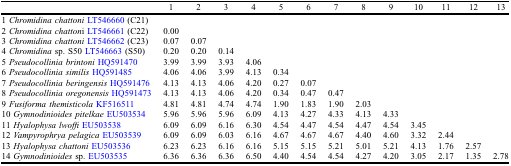
<table><thead><tr><td>[EMPTY_CELL]</td><td><b>1</b></td><td><b>2</b></td><td><b>3</b></td><td><b>4</b></td><td><b>5</b></td><td><b>6</b></td><td><b>7</b></td><td><b>8</b></td><td><b>9</b></td><td><b>10</b></td><td><b>11</b></td><td><b>12</b></td><td><b>13</b></td></tr></thead><tbody><tr><td>1 <i>Chromidina chattoni</i>LT546660 (C21)</td><td>[EMPTY_CELL]</td><td>[EMPTY_CELL]</td><td>[EMPTY_CELL]</td><td>[EMPTY_CELL]</td><td>[EMPTY_CELL]</td><td>[EMPTY_CELL]</td><td>[EMPTY_CELL]</td><td>[EMPTY_CELL]</td><td>[EMPTY_CELL]</td><td>[EMPTY_CELL]</td><td>[EMPTY_CELL]</td><td>[EMPTY_CELL]</td><td>[EMPTY_CELL]</td></tr><tr><td>2 <i>Chromidina chatton</i>i LT546661 (C22)</td><td>0.00</td><td>[EMPTY_CELL]</td><td>[EMPTY_CELL]</td><td>[EMPTY_CELL]</td><td>[EMPTY_CELL]</td><td>[EMPTY_CELL]</td><td>[EMPTY_CELL]</td><td>[EMPTY_CELL]</td><td>[EMPTY_CELL]</td><td>[EMPTY_CELL]</td><td>[EMPTY_CELL]</td><td>[EMPTY_CELL]</td><td>[EMPTY_CELL]</td></tr><tr><td>3 <i>Chromidina chattoni</i>LT546662 (C23)</td><td>0.07</td><td>0.07</td><td>[EMPTY_CELL]</td><td>[EMPTY_CELL]</td><td>[EMPTY_CELL]</td><td>[EMPTY_CELL]</td><td>[EMPTY_CELL]</td><td>[EMPTY_CELL]</td><td>[EMPTY_CELL]</td><td>[EMPTY_CELL]</td><td>[EMPTY_CELL]</td><td>[EMPTY_CELL]</td><td>[EMPTY_CELL]</td></tr><tr><td>4 <i>Chromidina</i> sp. S50 LT546663 (S50)</td><td>0.20</td><td>0.20</td><td>0.14</td><td>[EMPTY_CELL]</td><td>[EMPTY_CELL]</td><td>[EMPTY_CELL]</td><td>[EMPTY_CELL]</td><td>[EMPTY_CELL]</td><td>[EMPTY_CELL]</td><td>[EMPTY_CELL]</td><td>[EMPTY_CELL]</td><td>[EMPTY_CELL]</td><td>[EMPTY_CELL]</td></tr><tr><td>5 <i>Pseudocollinia brintoni</i>HQ591470</td><td>3.99</td><td>3.99</td><td>3.93</td><td>4.06</td><td>[EMPTY_CELL]</td><td>[EMPTY_CELL]</td><td>[EMPTY_CELL]</td><td>[EMPTY_CELL]</td><td>[EMPTY_CELL]</td><td>[EMPTY_CELL]</td><td>[EMPTY_CELL]</td><td>[EMPTY_CELL]</td><td>[EMPTY_CELL]</td></tr><tr><td>6 <i>Pseudocollinia similis</i>HQ591485</td><td>4.06</td><td>4.06</td><td>3.99</td><td>4.13</td><td>0.34</td><td>[EMPTY_CELL]</td><td>[EMPTY_CELL]</td><td>[EMPTY_CELL]</td><td>[EMPTY_CELL]</td><td>[EMPTY_CELL]</td><td>[EMPTY_CELL]</td><td>[EMPTY_CELL]</td><td>[EMPTY_CELL]</td></tr><tr><td>7 <i>Pseudocollinia beringensis</i>HQ591476</td><td>4.13</td><td>4.13</td><td>4.06</td><td>4.20</td><td>0.27</td><td>0.07</td><td>[EMPTY_CELL]</td><td>[EMPTY_CELL]</td><td>[EMPTY_CELL]</td><td>[EMPTY_CELL]</td><td>[EMPTY_CELL]</td><td>[EMPTY_CELL]</td><td>[EMPTY_CELL]</td></tr><tr><td>8 <i>Pseudocollinia oregonensis</i>HQ591473</td><td>4.13</td><td>4.13</td><td>4.06</td><td>4.20</td><td>0.34</td><td>0.47</td><td>0.47</td><td>[EMPTY_CELL]</td><td>[EMPTY_CELL]</td><td>[EMPTY_CELL]</td><td>[EMPTY_CELL]</td><td>[EMPTY_CELL]</td><td>[EMPTY_CELL]</td></tr><tr><td>9 <i>Fusiforma themisticola</i>KF516511</td><td>4.81</td><td>4.81</td><td>4.74</td><td>4.74</td><td>1.90</td><td>1.83</td><td>1.90</td><td>2.03</td><td>[EMPTY_CELL]</td><td>[EMPTY_CELL]</td><td>[EMPTY_CELL]</td><td>[EMPTY_CELL]</td><td>[EMPTY_CELL]</td></tr><tr><td>10 <i>Gymnodinioides pitelkae</i>EU503534</td><td>5.96</td><td>5.96</td><td>5.96</td><td>6.09</td><td>4.13</td><td>4.27</td><td>4.33</td><td>4.13</td><td>4.33</td><td>[EMPTY_CELL]</td><td>[EMPTY_CELL]</td><td>[EMPTY_CELL]</td><td>[EMPTY_CELL]</td></tr><tr><td>11 <i>Hyalophysa lwoffi</i>EU503538</td><td>6.09</td><td>6.09</td><td>6.16</td><td>6.30</td><td>4.54</td><td>4.47</td><td>4.54</td><td>4.47</td><td>4.54</td><td>3.45</td><td>[EMPTY_CELL]</td><td>[EMPTY_CELL]</td><td>[EMPTY_CELL]</td></tr><tr><td>12 <i>Vampyrophrya pelagica</i>EU503539</td><td>6.09</td><td>6.09</td><td>6.03</td><td>6.16</td><td>4.67</td><td>4.67</td><td>4.67</td><td>4.40</td><td>4.60</td><td>3.32</td><td>2.44</td><td>[EMPTY_CELL]</td><td>[EMPTY_CELL]</td></tr><tr><td>13 <i>Hyalophysa chattoni</i>EU503536</td><td>6.23</td><td>6.23</td><td>6.16</td><td>6.16</td><td>5.15</td><td>5.15</td><td>5.21</td><td>5.01</td><td>5.21</td><td>4.13</td><td>1.76</td><td>2.57</td><td>[EMPTY_CELL]</td></tr><tr><td>14 <i>Gymnodinioides</i> sp. EU503535</td><td>6.36</td><td>6.36</td><td>6.36</td><td>6.50</td><td>4.40</td><td>4.54</td><td>4.54</td><td>4.27</td><td>4.20</td><td>3.05</td><td>2.17</td><td>1.35</td><td>2.78</td></tr></tbody></table>